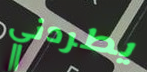
يطردني